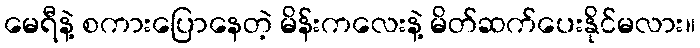
မေရီနဲ့ စကားပြောနေတဲ့ မိန်းကလေးနဲ့ မိတ်ဆက်ပေးနိုင်မလား။